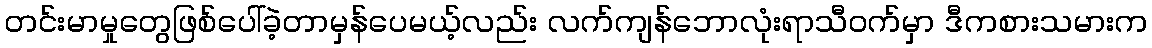
တင်းမာမှုတွေဖြစ်ပေါ်ခဲ့တာမှန်ပေမယ့်လည်း လက်ကျန်ဘောလုံးရာသီဝက်မှာ ဒီကစားသမားက